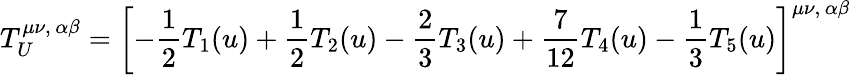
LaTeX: T_{U}^{\mu\nu,\, \alpha\beta}=\left[-\frac 12T_{1}(u)+\frac 12T_{2}(u)-\frac 23T_{3}(u)+\frac 7{12}T_{4}(u)-\frac 13T_{5}(u)\right]^{\mu\nu,\, \alpha\beta}